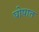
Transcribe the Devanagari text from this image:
घोषात